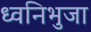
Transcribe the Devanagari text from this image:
ध्वनिभुजा